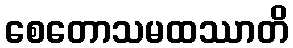
စေတောသမထဿာတိ